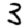
Digit: 3